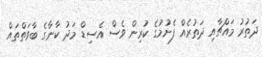
ދަތުރު މައްޗާއި ދަތުރެއް ފެށުމުގެ ކުރިން ވެސް އެސިޑް މަދު ކާނާގެ ބާވަތްތައް